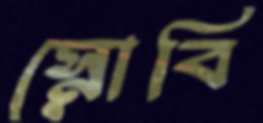
স্নোবি